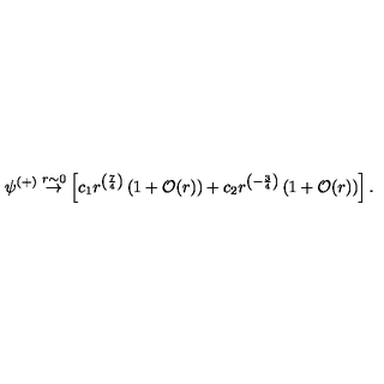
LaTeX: \psi ^ { ( + ) } \stackrel { r \sim 0 } { \rightarrow } \left[ c _ { 1 } r ^ { \left( { \frac { 7 } { 4 } } \right) } \left( 1 + { \cal O } ( r ) \right) + c _ { 2 } r ^ { \left( - { \frac { 3 } { 4 } } \right) } \left( 1 + { \cal O } ( r ) \right) \right] .